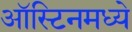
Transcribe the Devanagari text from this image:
ऑस्टिनमध्ये